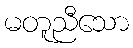
မတူညီသော